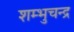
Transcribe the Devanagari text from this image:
शम्भुचन्द्र